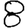
Digit: 8